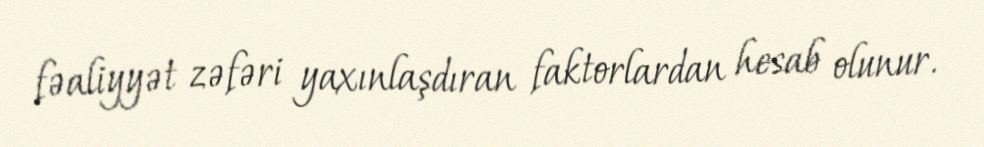
fəaliyyət zəfəri yaxınlaşdıran faktorlardan hesab olunur.